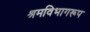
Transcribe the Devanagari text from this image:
श्रमविभागरूप